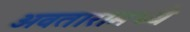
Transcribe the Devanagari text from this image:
अवतारामध्ये